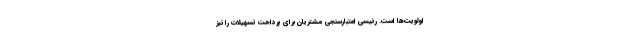
اولویت‌ها است. رئیسی اعتبارسنجی مشتریان برای پرداخت تسهیلات را نیز